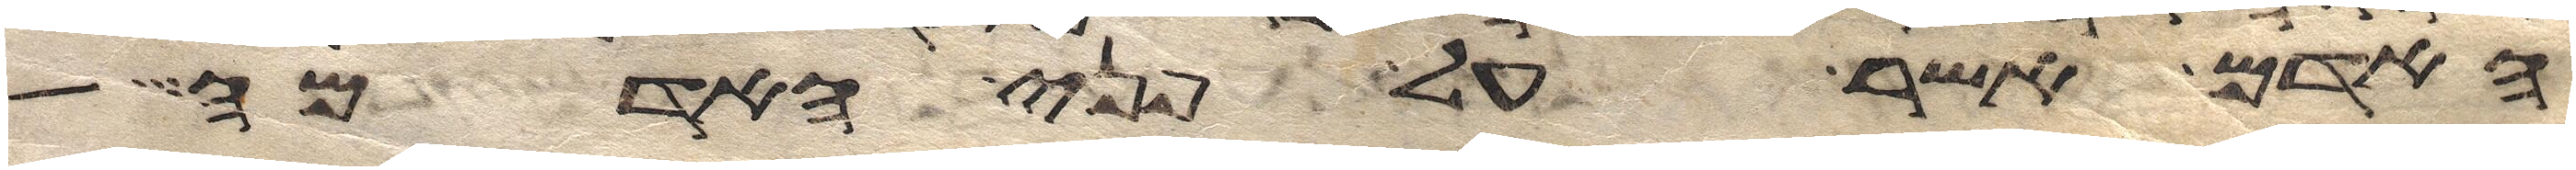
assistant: האדם אשר על פני האדמה